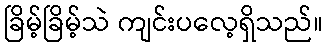
ခြိမ့်ခြိမ့်သဲ ကျင်းပလေ့ရှိသည်။